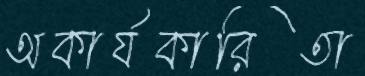
অকার্যকারিতা